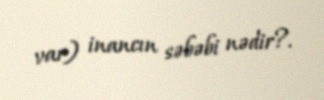
var) inancın səbəbi nədir?.